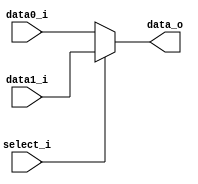
//0312236  0312241 
//Subject:     CO project 3
//--------------------------------------------------------------------------------
//Version:     1
//--------------------------------------------------------------------------------
//Writer:     
//----------------------------------------------
//Date:        
//----------------------------------------------
//Description: 
//--------------------------------------------------------------------------------
     
module MUX_2to1(
               data0_i,
               data1_i,
               select_i,
               data_o
               );

parameter size = 0;			   
			
//I/O ports               
input   [size-1:0] data0_i;          
input   [size-1:0] data1_i;
input              select_i;
output  [size-1:0] data_o; 

//Internal Signals
reg     [size-1:0] data_o;

// selection
always@(*) begin
	if(select_i)	// two values
		data_o <= data1_i;
	else
		data_o <= data0_i;
end


//Main function

endmodule